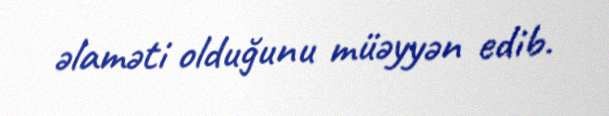
əlaməti olduğunu müəyyən edib.